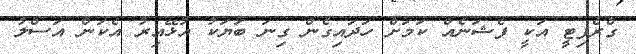
ގްރެފިޓީ އަކީ ފެޝަނެއް ކަމަށް ހަދައިގެން ގިނަ ބަޔަކު އުޅޭއިރު އެކަން އަސްލު